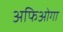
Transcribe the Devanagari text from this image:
अफिओगा